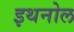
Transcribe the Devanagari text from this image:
इथनोल